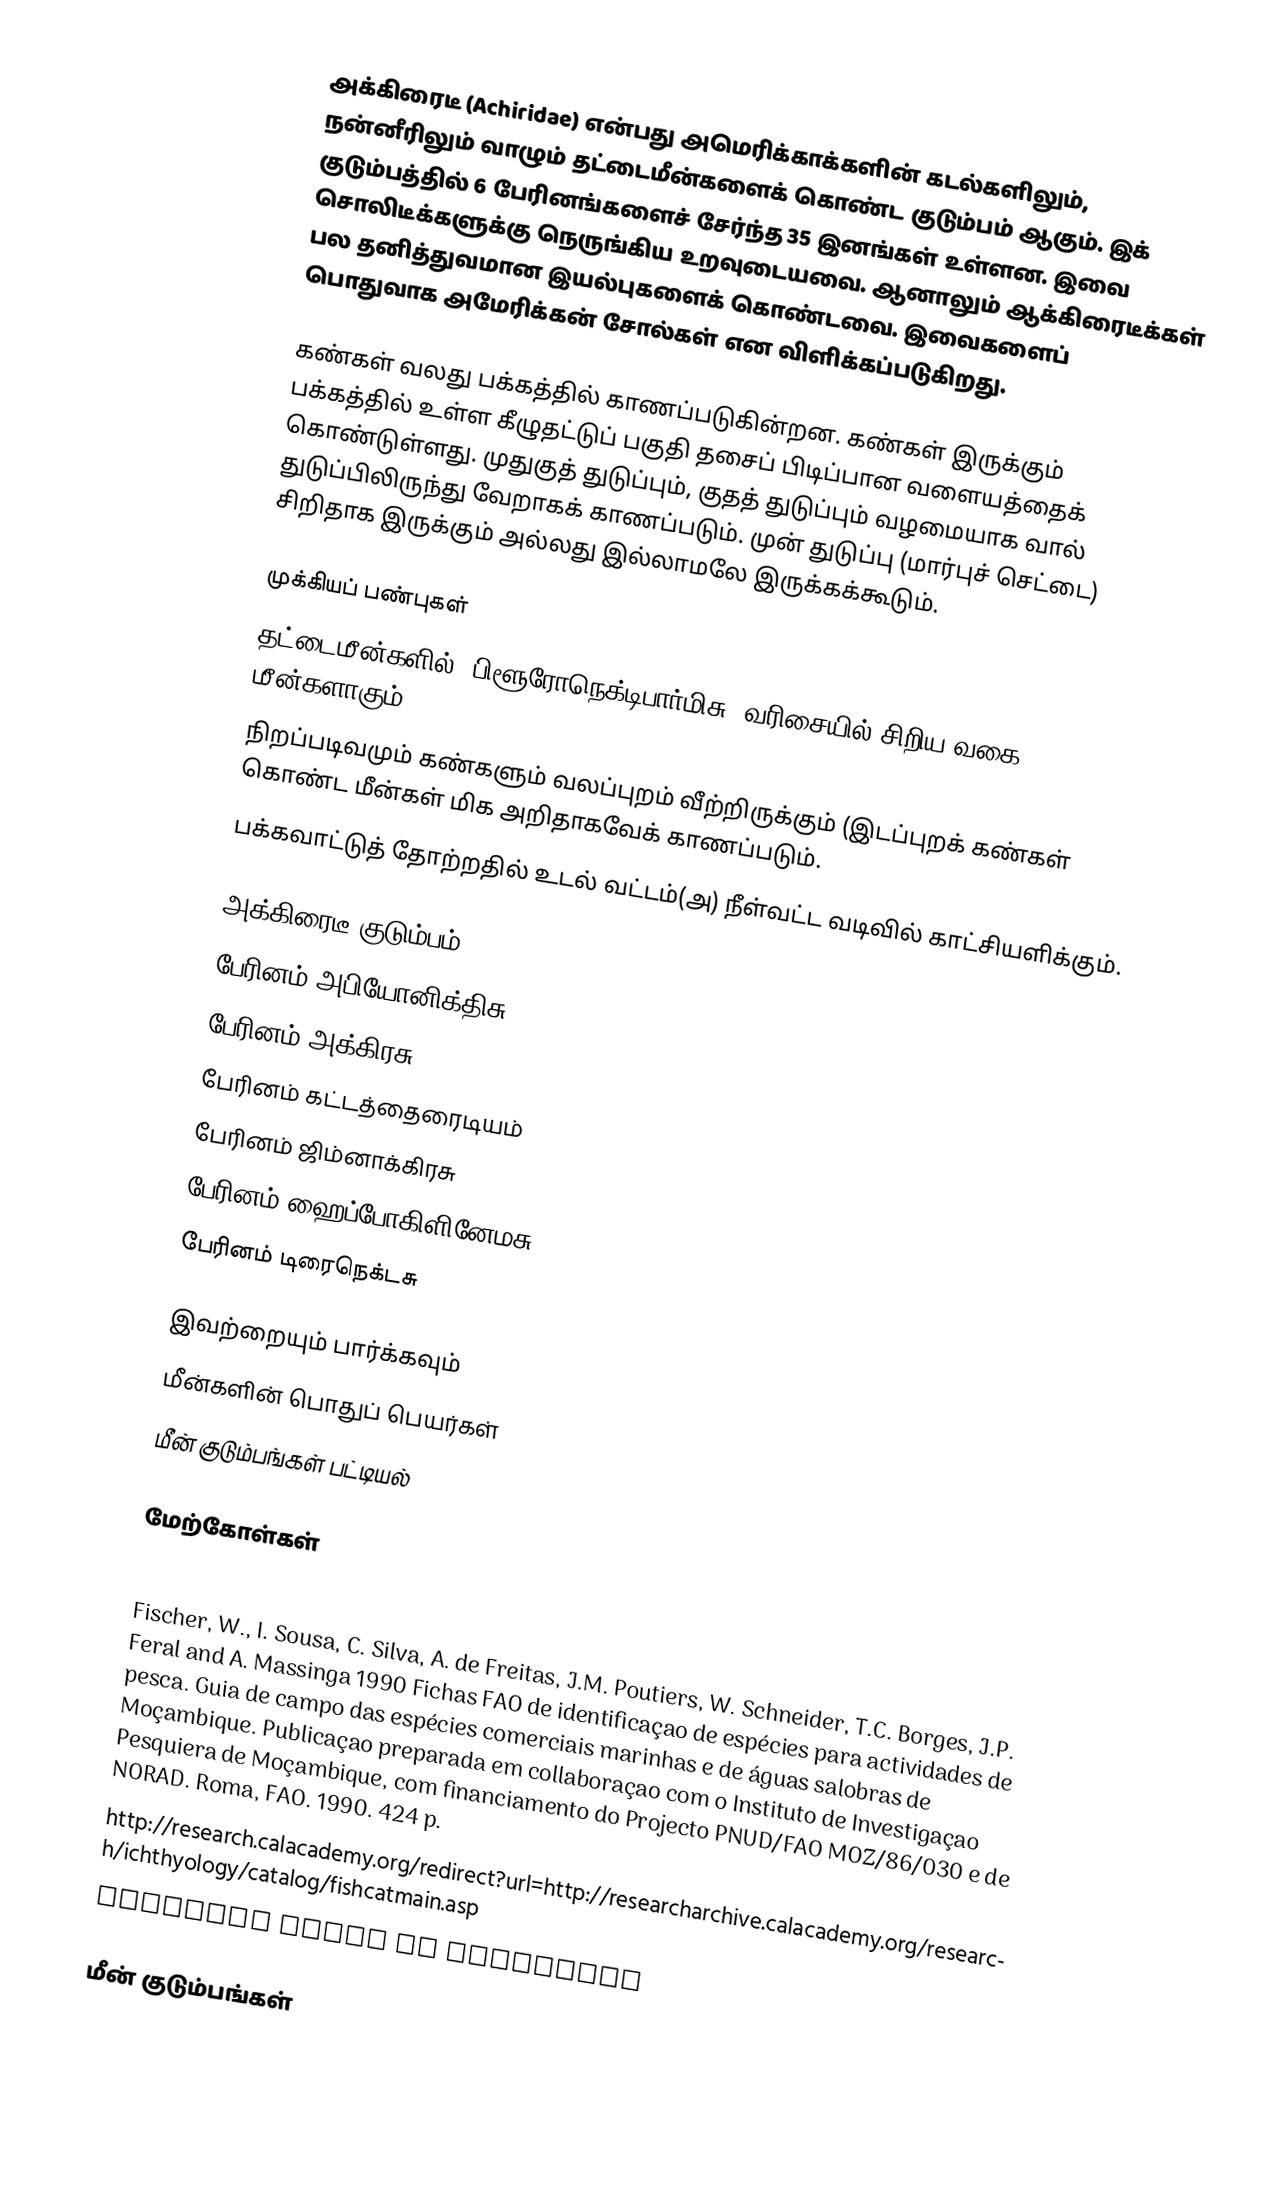
அக்கிரைடீ (Achiridae) என்பது அமெரிக்காக்களின் கடல்களிலும், நன்னீரிலும் வாழும் தட்டைமீன்களைக் கொண்ட குடும்பம் ஆகும். இக் குடும்பத்தில் 6 பேரினங்களைச் சேர்ந்த 35 இனங்கள் உள்ளன. இவை சொலிடீக்களுக்கு நெருங்கிய உறவுடையவை. ஆனாலும் ஆக்கிரைடீக்கள் பல தனித்துவமான இயல்புகளைக் கொண்டவை. இவைகளைப் பொதுவாக அமேரிக்கன் சோல்கள் என விளிக்கப்படுகிறது.

கண்கள் வலது பக்கத்தில் காணப்படுகின்றன. கண்கள் இருக்கும் பக்கத்தில் உள்ள கீழுதட்டுப் பகுதி தசைப் பிடிப்பான வளையத்தைக் கொண்டுள்ளது. முதுகுத் துடுப்பும், குதத் துடுப்பும் வழமையாக வால் துடுப்பிலிருந்து வேறாகக் காணப்படும். முன் துடுப்பு (மார்புச் செட்டை) சிறிதாக இருக்கும் அல்லது இல்லாமலே இருக்கக்கூடும்.

முக்கியப் பண்புகள்
 தட்டைமீன்களில் (பிளூரோநெக்டிபார்மிசு) வரிசையில் சிறிய வகை மீன்களாகும்.
 நிறப்படிவமும் கண்களும் வலப்புறம் வீற்றிருக்கும் (இடப்புறக் கண்கள் கொண்ட மீன்கள் மிக அறிதாகவேக் காணப்படும்.
 பக்கவாட்டுத் தோற்றதில் உடல் வட்டம்(அ) நீள்வட்ட வடிவில் காட்சியளிக்கும்.

அக்கிரைடீ குடும்பம்
 பேரினம் அபியோனிக்திசு
 பேரினம் அக்கிரசு
 பேரினம் கட்டத்தைரைடியம்
 பேரினம் ஜிம்னாக்கிரசு
 பேரினம் ஹைப்போகிளினேமசு
 பேரினம் டிரைநெக்டசு

இவற்றையும் பார்க்கவும்
 மீன்களின் பொதுப் பெயர்கள்
 மீன் குடும்பங்கள் பட்டியல்

மேற்கோள்கள்
 Nelson, J.S. 2006 Fishes of the world. 4th ed. John Wiley & Sons, Inc. Hoboken, New Jersey, USA. 601 p.
 Fischer, W., I. Sousa, C. Silva, A. de Freitas, J.M. Poutiers, W. Schneider, T.C. Borges, J.P. Feral and A. Massinga 1990 Fichas FAO de identificaçao de espécies para actividades de pesca. Guia de campo das espécies comerciais marinhas e de águas salobras de Moçambique. Publicaçao preparada em collaboraçao com o Instituto de Investigaçao Pesquiera de Moçambique, com financiamento do Projecto PNUD/FAO MOZ/86/030 e de NORAD. Roma, FAO. 1990. 424 p.
 http://research.calacademy.org/redirect?url=http://researcharchive.calacademy.org/research/ichthyology/catalog/fishcatmain.asp
 FishBase entry on Achiridae

மீன் குடும்பங்கள்